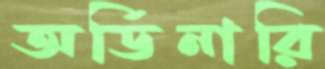
অর্ডিনারি